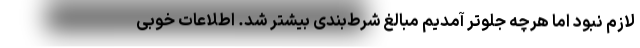
لازم نبود اما هرچه جلوتر آمدیم مبالغ شرط‌بندی بیشتر شد. اطلاعات خوبی